Lunatic asylums in Bengal annual reports 1888-1898 - 1888-1898
Year: 1888
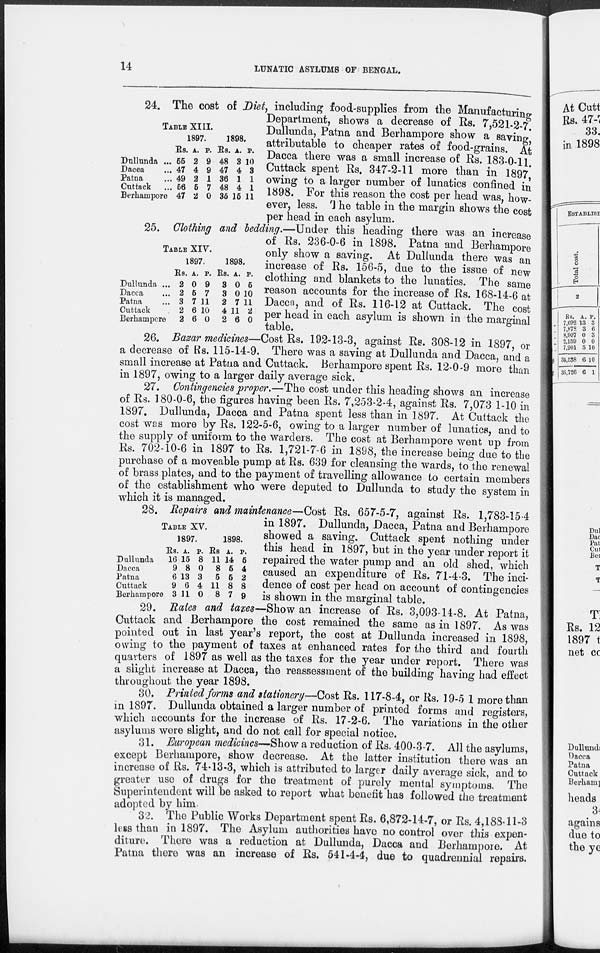
14
LUNATIC ASYLUMS OF BENGAL.
TABLE XIII.
Dullunda ...
Dacca ...
Patna ...
Cuttack ...
Berhampore
1897.
Rs.
55
47
49
66
47
A.
2
4
2
5
2
P.
9
9
1
7
0
1898.
Rs.
48
47
36
48
35
A.
3
4
1
4
15
P.
10
3
1
1
11
24. The cost of Diet, including food-supplies from the Manufacturing
Department, shows a decrease of Rs. 7,521-2-7.
Dullunda, Patna and Berhampore show a saving,
attributable to cheaper rates of food-grains. At
Dacca there was a small increase of Rs. 183-0-11.
Cuttack spent Rs. 347-2-11 more than in 1897,
owing to a larger number of lunatics confined in
1898. For this reason the cost per head was, how-
ever, less. The table in the margin shows the cost
per head in each asylum.
TABLE XIV.
Dullunda ...
Dacca ...
Patna ...
Cuttack
Berhampore
1897.
Rs.
2
2
3
2
2
A.
0
5
7
6
6
P.
9
7
11
10
0
1898.
Rs.
3
3
2
4
2
A.
0
0
7
11
6
P.
5
10
11
2
0
25. Clothing and bedding.—Under this heading there was an increase
of Rs. 236-0-6 in 1898. Patna and Berhampore
only show a saving. At Dullunda there was an
increase of Rs. 156-5, due to the issue of new
clothing and blankets to the lunatics. The same
reason accounts for the increase of Rs. 168-14-6 at
Dacca, and of Rs. 116-12 at Cuttack. The cost
per head in each asylum is shown in the marginal
table.
26. Bazar medicines—Cost Rs. 192-13-3, against Rs. 308-12 in 1897,or
a decrease of Rs. 115-14-9. There was a saving at Dullunda and Dacca, and a
small increase at Patna and Cuttack. Berhampore spent Rs. 12-0-9 more than
in 1897, owing to a larger daily average sick.
27. Contingencies proper.—The cost under this heading shows an increase
of Rs. 180-0-6, the figures having been Rs. 7,253-2-4, against Rs. 7,073 1-10 in
1897. Dullunda, Dacca and Patna spent less than in 1897. At Cuttack the
cost was more by Rs. 122-5-6, owing to a larger number of lunatics, and to
the supply of uniform to the warders. The cost at Berhampore went up from
Rs. 702-10-6 in 1897 to Rs. 1,721-7-6 in 1898, the increase being due to the
purchase of a moveable pump at Rs. 639 for cleansing the wards, to the renewal
of brass plates, and to the payment of travelling allowance to certain members
of the establishment who were deputed to Dullunda to study the system in
which it is managed.
TABLE XV.
Dullunda
Dacca
Patna
Cuttack
Berhampore
1897.
Rs.
16
9
6
9
3
A.
15
8
13
6
11
P.
8
0
3
4
0
1898.
Rs
11
8
5
11
8
A.
14
5
5
8
7
P.
5
4
2
8
9
28. Repairs and maintenance—Cost Rs. 657-5-7, against Rs. 1,783-15-4
in 1897. Dullunda, Dacca, Patna and Berhampore
showed a saving. Cuttack spent nothing under
this head in 1897, but in the year under report it
repaired the water pump and an old shed, which
caused an expenditure of Rs. 71-4-3. The inci-
dence of cost per head on account of contingencies
is shown in the marginal table.
29. Rates and taxes—Show an increase of Rs. 3,093-14-8. At Patna,
Cuttack and Berhampore the cost remained the same as in 1897. As was
pointed out in last year's report, the cost at Dullunda increased in 1898,
owing to the payment of taxes at enhanced rates for the third and fourth
quarters of 1897 as well as the taxes for the year under report. There was
a slight increase at Dacca, the reassessment of the building having had effect
throughout the year 1898.
30. Printed forms and stationery—Cost Rs. 117-8-4, or Rs. 19-5 1 more than
in 1897. Dullunda obtained a larger number of printed forms and registers,
which accounts for the increase of Rs. 17-2-6. The variations in the other
asylums were slight, and do not call for special notice.
31. European medicines—Show a reduction of Rs. 400-3-7. All the asylums,
except Berhampore, show decrease. At the latter institution there was an
increase of Rs. 74-13-3, which is attributed to larger daily average sick, and to
greater use of drugs for the treatment of purely mental symptoms. The
Superintendent will be asked to report what benefit has followed the treatment
adopted by him.
32. The Public Works Department spent Rs. 6,872-14-7, or Rs. 4,188-11-3
less than in 1897. The Asylum authorities have no control over this expen-
diture. There was a reduction at Dullunda, Dacca and Berhampore. At
Patna there was an increase of Rs. 541-4-4, due to quadrennial repairs.